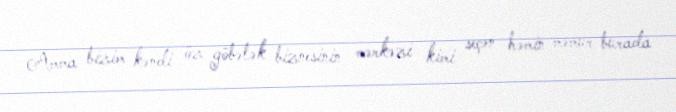
Amma bizim kəndi öz göbələk biznesinin mərkəzi kimi seçən həmin məmur burada